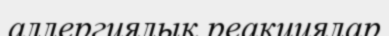
аллергиялық реакциялар